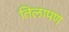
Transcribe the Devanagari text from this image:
तिलापण